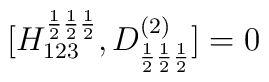
[H_{123}^{\frac{1}{2}\frac{1}{2}\frac{1}{2}},D^{(2)}_{\frac{1}{2}\frac{1}{2}\frac{1}{2}}]=0